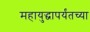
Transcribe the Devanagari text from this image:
महायुद्धापर्यंतच्या